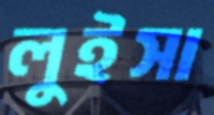
লুইসা